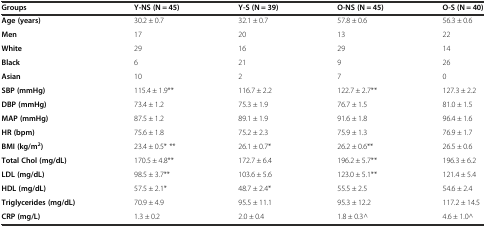
<table><thead><tr><td><b>Groups</b></td><td><b>Y-NS (N = 45)</b></td><td><b>Y-S (N = 39)</b></td><td><b>O-NS (N = 45)</b></td><td><b>O-S (N = 40)</b></td></tr></thead><tbody><tr><td><b>Age (years)</b></td><td>30.2 ± 0.7</td><td>32.1 ± 0.7</td><td>57.8 ± 0.6</td><td>56.3 ± 0.6</td></tr><tr><td><b>Men</b></td><td>17</td><td>20</td><td>13</td><td>22</td></tr><tr><td><b>White</b></td><td>29</td><td>16</td><td>29</td><td>14</td></tr><tr><td><b>Black</b></td><td>6</td><td>21</td><td>9</td><td>26</td></tr><tr><td><b>Asian</b></td><td>10</td><td>2</td><td>7</td><td>0</td></tr><tr><td><b>SBP (mmHg)</b></td><td>115.4 ± 1.9**</td><td>116.7 ± 2.2</td><td>122.7 ± 2.7**</td><td>127.3 ± 2.2</td></tr><tr><td><b>DBP (mmHg)</b></td><td>73.4 ± 1.2</td><td>75.3 ± 1.9</td><td>76.7 ± 1.5</td><td>81.0 ± 1.5</td></tr><tr><td><b>MAP (mmHg)</b></td><td>87.5 ± 1.2</td><td>89.1 ± 1.9</td><td>91.6 ± 1.8</td><td>96.4 ± 1.6</td></tr><tr><td><b>HR (bpm)</b></td><td>75.6 ± 1.8</td><td>75.2 ± 2.3</td><td>75.9 ± 1.3</td><td>76.9 ± 1.7</td></tr><tr><td><b>BMI (kg/m</b><sup><b>2</b></sup><b>)</b></td><td>23.4 ± 0.5* **</td><td>26.1 ± 0.7*</td><td>26.2 ± 0.6**</td><td>26.5 ± 0.6</td></tr><tr><td><b>Total Chol (mg/dL)</b></td><td>170.5 ± 4.8**</td><td>172.7 ± 6.4</td><td>196.2 ± 5.7**</td><td>196.3 ± 6.2</td></tr><tr><td><b>LDL (mg/dL)</b></td><td>98.5 ± 3.7**</td><td>103.6 ± 5.6</td><td>123.0 ± 5.1**</td><td>121.4 ± 5.4</td></tr><tr><td><b>HDL (mg/dL)</b></td><td>57.5 ± 2.1*</td><td>48.7 ± 2.4*</td><td>55.5 ± 2.5</td><td>54.6 ± 2.4</td></tr><tr><td><b>Triglycerides (mg/dL)</b></td><td>70.9 ± 4.9</td><td>95.5 ± 11.1</td><td>95.3 ± 12.2</td><td>117.2 ± 14.5</td></tr><tr><td><b>CRP (mg/L)</b></td><td>1.3 ± 0.2</td><td>2.0 ± 0.4</td><td>1.8 ± 0.3^</td><td>4.6 ± 1.0^</td></tr></tbody></table>